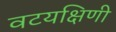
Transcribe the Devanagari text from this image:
वटयक्षिणी